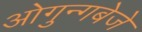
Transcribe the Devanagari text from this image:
ओगुन्गबेजे